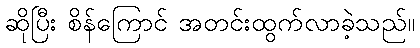
ဆိုပြီး စိန်ကြောင် အတင်းထွက်လာခဲ့သည်။